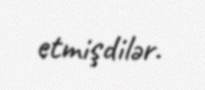
etmişdilər.